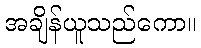
အချိန်ယူသည်ကော။